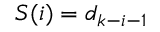
S ( i ) = d _ { k - i - 1 }